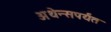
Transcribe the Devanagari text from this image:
अथेन्सपर्यंत